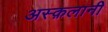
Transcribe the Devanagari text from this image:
अस्क़लानी